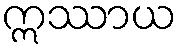
ဣဿာယ